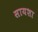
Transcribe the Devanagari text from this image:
सायशा